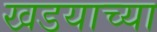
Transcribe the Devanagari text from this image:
खडयाच्या